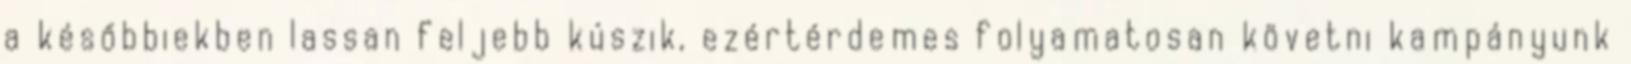
a későbbiekben lassan feljebb kúszik, ezértérdemes folyamatosan követni kampányunk